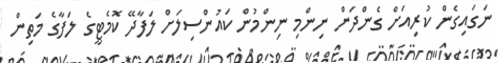
ނަގައިގެން ކުރިއަށް ގެންދަން ނިންމި ނިންމުން ކައުންސިލަށް ލަފާދޭ ކޮމެޓީގެ ލަފާގެ މަތިން